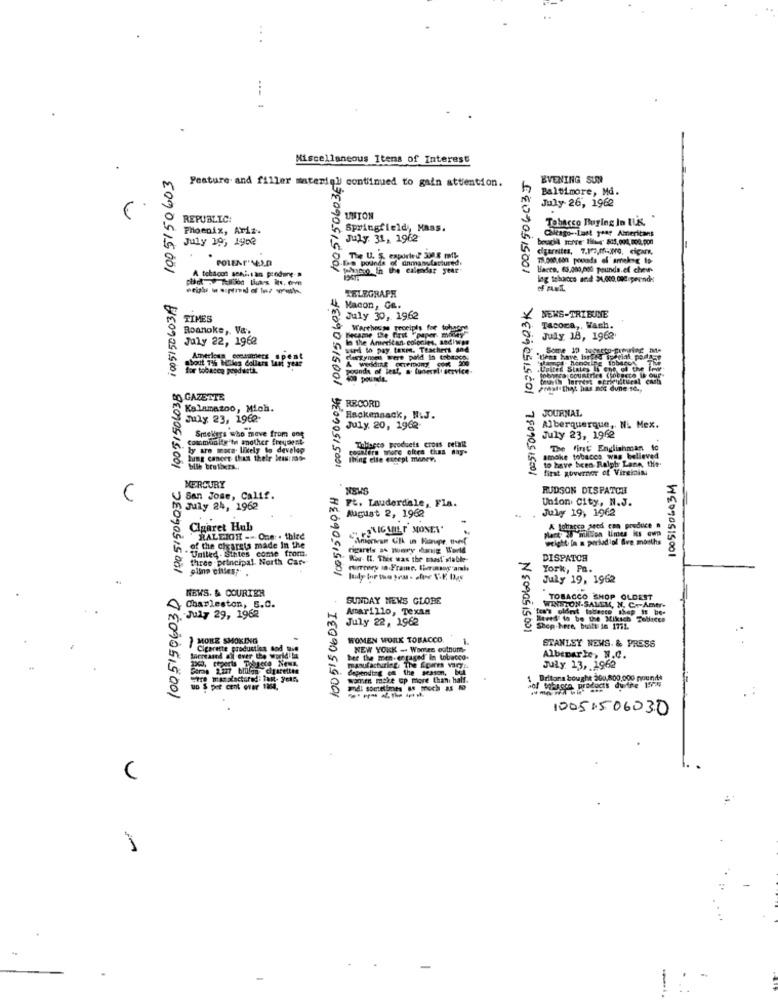
. .
--- :
Miscellaneous Itens of Interest
1005150603
1005150603EE
EVENING SUR
Feature and filler material continued to gain attention.
Baltimore, Md.
July 26, 1962
REPUBLIC:
UNION
Tobacco Buying In LUK.'
Phoenix, Ariz.
Springfield, Mass.
Chicago- Last year Americans
July 19, 1962
July. 31, 1962
digartts. 7.175,mayo, cipar,
The U. S. exported 300 g mk-
De Pounda
dnmanufactured
A tebacon seA.i.s an produre-»
1-2016:0 In the calendar year'
540705/5001
Bacco. 63.000,000 pounds.ef chevr-
lag tobacco and $1,000.000upevnde
100515060319
TELEGRAPH
10:5150603L 1075150603K
&k Macon, Ge.
TIMES
July 30, 1962
NEWS-TRIBUNE
Roanoke ,. V&,
Warehouse receipts foe tohundre
Tacora ,. Wash.
July 22, 1962
in the Ameritan colonies, sadiws
Became the first -paper many
July 18, 1962
sund to pay taxm. Teachers and
Clergynoot were pald In tobancos
for tobacco products.
pounds of lest, a funeral service.
States Is one of the
1005150603C 10051506038
400 pounds.
what that has noe dune so .,
GAZETTE
Kalamazoo, Mich.
F RECORD
JOURNAL
July 23, 1962-
Hackensack, N.J.
Smekers who meve from ong
July 20, 1962-
Alberquerque, Ni Mex.
Commodity'in mother frequent
July 23, 1962
ly are more likely to develop
Tobacco products cross retail
The first' Englishman 10
hing cancer thus their Meas: mao-
#6090515001 DE090515001
thing elle except money,
to have been Ralph Lane, the.
smoke tobacco, was_believed
bile brutits ..
first governor of Virginia
1005150603M
MERCURY
NEWS
RUDSON DISPATCH
San Jose, Calif.
Ft. Lauderdale, Fla.
Union City, N.J.
July 24, 1962
July 19, 1962
August 2, 1962
Cigaret Hub
A Lolargo seed can produce #
Park milden limes its own
RALEIGH -- One . thite
of the cigarets made In the
Uulled. Sintes come from.
firee principal. North Car-
Www- It. Thee was the mast'stable
DISPATCH
HE090615001
fuertey la Frame, She soycandle
York, Pa.
July 19, 1962
NEWS. & COURIER
SUNDAY NEWS GLOBE
WINSTON-SALEM, N. C .- Amer-
TOBACCO SHOP OLDEST
Charleston, S.C.
10051506031
Amarillo, Texas
few's oldest tobacco thep it be-
July 29, 1962
July 22, 1962
Moved to be the Miksch Teblicce
N 5090515001
Shop.here, built in 1751.
MORE SMOKING
WOMEN WORK TOBACCO.
STANLEY NEWS. & PRESS
Cigarette production sod the
NEW YORK - Wanted outnum-
Hereased all over the world la
ber the men-engaged in tobacco.
Albemarle, N.C.
depending on the season, bel
manufacturing. The Spares vings.
July 13, 1962
wonten make up more than half.
1 Britona bought 200,800,000 nound+
of tobacco products durire 175
uo $ per cent ofer 1264,
(20905,5001
10051506030
C
-